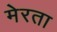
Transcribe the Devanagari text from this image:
मेरता